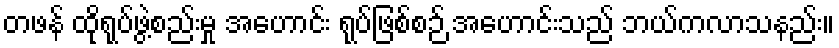
တဖန် ထိုရုပ်ဖွဲ့စည်းမှု အဟောင်း ရုပ်ဖြစ်စဉ် အဟောင်းသည် ဘယ်ကလာသနည်း။